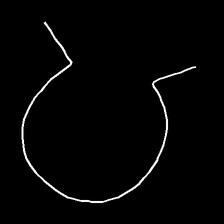
Glyph: weave